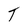
Character: T